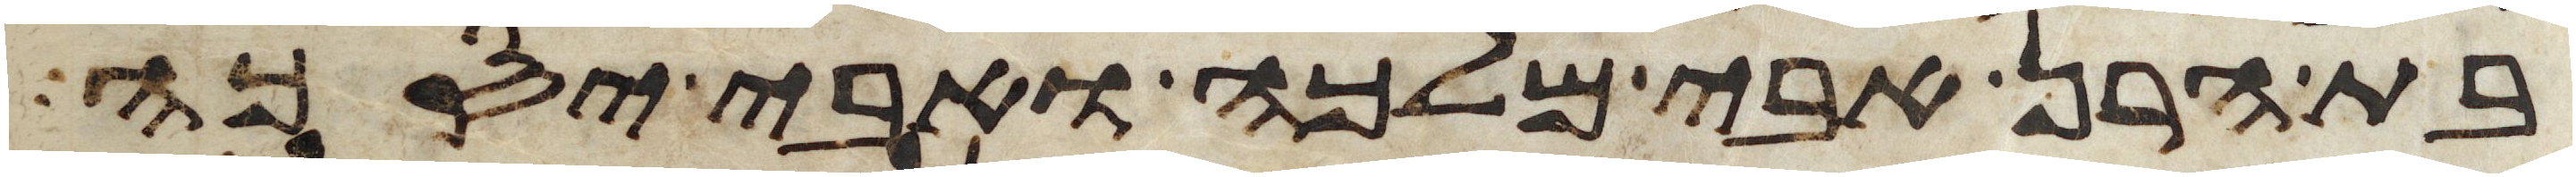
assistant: בת הרן אבי מלכה ואבי יסכה